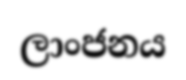
ලාංජනය